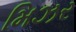
મિઝર